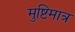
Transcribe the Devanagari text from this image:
मुष्टिमात्र